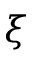
\xi